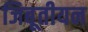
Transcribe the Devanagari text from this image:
जिबूतीयन